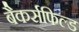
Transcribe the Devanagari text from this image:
बैकर्सफिल्ड